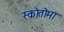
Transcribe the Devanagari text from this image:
स्कोतोमा